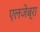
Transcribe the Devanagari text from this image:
एलजेब्रा